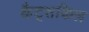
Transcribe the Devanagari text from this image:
कैट्सकिल